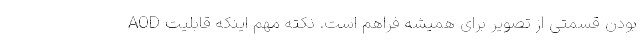
بودن قسمتی از تصویر برای همیشه فراهم است. نکته مهم اینکه قابلیت AOD